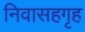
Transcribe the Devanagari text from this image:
निवासहगृह